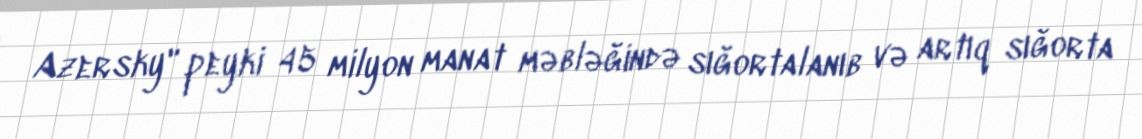
Azersky" peyki 45 milyon manat məbləğində sığortalanıb və artıq sığorta